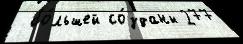
 бо́льшей со́зданы 277